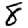
Digit: 8